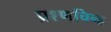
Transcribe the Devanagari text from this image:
प्रश्णचिन्ह